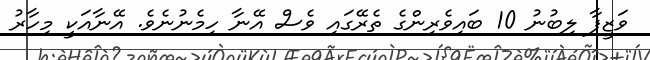
ވަޒީފާ ލިބުނު 10 ބައިވެރިންގެ ތެރޭގައި ވެސް އޭނާ ހިމެނުނެވެ. އޭނާއަކީ މިހާރު